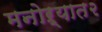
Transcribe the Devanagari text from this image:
मनोऱ्यात२